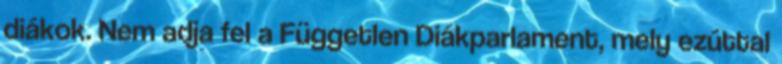
diákok. Nem adja fel a Független Diákparlament, mely ezúttal